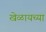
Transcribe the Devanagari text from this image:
खेळायच्या